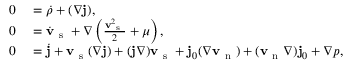
\begin{array} { r l } { 0 } & { { } = \dot { \rho } + ( \nabla \ensuremath { \mathbf { j } } ) , } \\ { 0 } & { { } = \ensuremath { \dot { \mathbf { v } } _ { \mathrm { ~ s ~ } } } + \nabla \left( \frac { \ensuremath { \mathbf { v } _ { \mathrm { ~ s ~ } } } ^ { 2 } } { 2 } + \mu \right) , } \\ { 0 } & { { } = \dot { \ensuremath { \mathbf { j } } } + \ensuremath { \mathbf { v } _ { \mathrm { ~ s ~ } } } ( \nabla \ensuremath { \mathbf { j } } ) + ( \ensuremath { \mathbf { j } } \nabla ) \ensuremath { \mathbf { v } _ { \mathrm { ~ s ~ } } } + \ensuremath { \mathbf { j } _ { 0 } } ( \nabla \ensuremath { \mathbf { v } _ { \mathrm { ~ n ~ } } } ) + ( \ensuremath { \mathbf { v } _ { \mathrm { ~ n ~ } } } \nabla ) \ensuremath { \mathbf { j } _ { 0 } } + \nabla p , } \end{array}